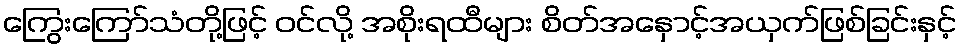
ကြွေးကြော်သံတို့ဖြင့် ဝင်လို့ အစိုးရထီများ စိတ်အနှောင့်အယှက်ဖြစ်ခြင်းနှင့်